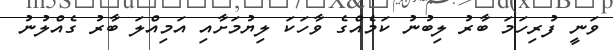
ވަނީ ފުރިހަމަ ބާރު ލިބުނު ކަމެއްގެ ވާހަކަ ލިޔުމަށާއި އަމިއްލަ ބާރު ގެއްލުނު